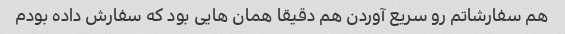
هم سفارشاتم رو سریع آوردن هم دقیقا همان هایی بود که سفارش داده بودم